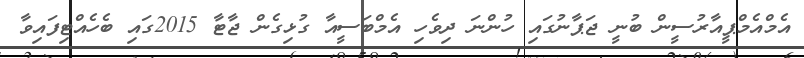
އެމްއެމްޕީއާރުސީން ބުނީ ޖަޕާނުގައި ހުންނަ ދިވެހި އެމްބަސީއާ ގުޅިގެން ޖާޓާ 2015ގައި ބެހެއްޓިފައިވާ